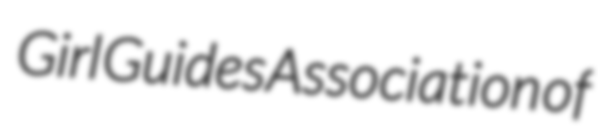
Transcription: Girl Guides Association of